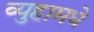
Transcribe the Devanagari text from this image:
व्युहामधे